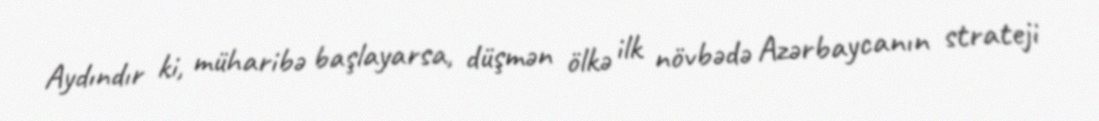
Aydındır ki, müharibə başlayarsa, düşmən ölkə ilk növbədə Azərbaycanın strateji